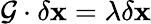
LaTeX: \mathcal{G}\cdot\delta\mathbf{x}=\lambda\delta\mathbf{x}